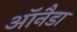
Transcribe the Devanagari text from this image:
ऑनैडा